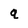
Character: q